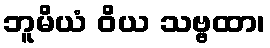
ဘူမိယံ ဝိယ သဗ္ဗထာ၊